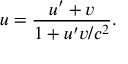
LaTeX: u = { \frac { u ^ { \prime } + v } { 1 + u ^ { \prime } v / c ^ { 2 } } } .